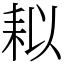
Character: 䎣